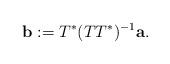
LaTeX: \begin{align*}{\bf b}:=T^*(TT^*)^{-1}{\bf a}.\end{align*}